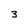
Character: 3